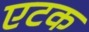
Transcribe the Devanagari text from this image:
एटक